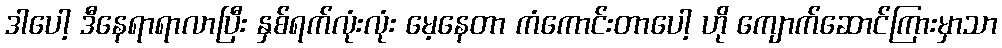
ဒါပေါ့ ဒီနေရာရာလာပြီး နှစ်ရက်လုံးလုံး မေ့နေတာ ကံကောင်းတာပေါ့ ဟို ကျောက်ဆောင်ကြားမှာသာ